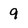
Character: 9